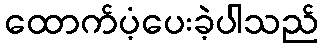
ထောက်ပံ့ပေးခဲ့ပါသည်